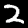
Digit: 2